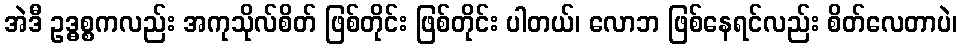
အဲဒီ ဥဒ္ဓစ္စကလည်း အကုသိုလ်စိတ် ဖြစ်တိုင်း ဖြစ်တိုင်း ပါတယ်၊ လောဘ ဖြစ်နေရင်လည်း စိတ်လေတာပဲ၊